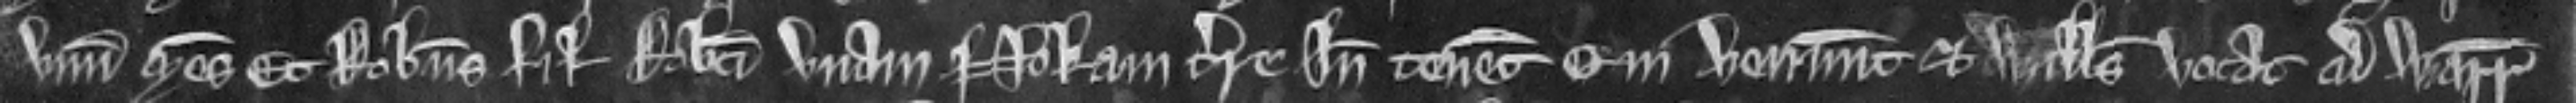
unum mesuagium et Robertus filius Roberti unam nokam terre inde tenent. Qui veniunt. Et Willelmus vocat ad warantum